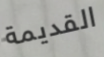
القديمة